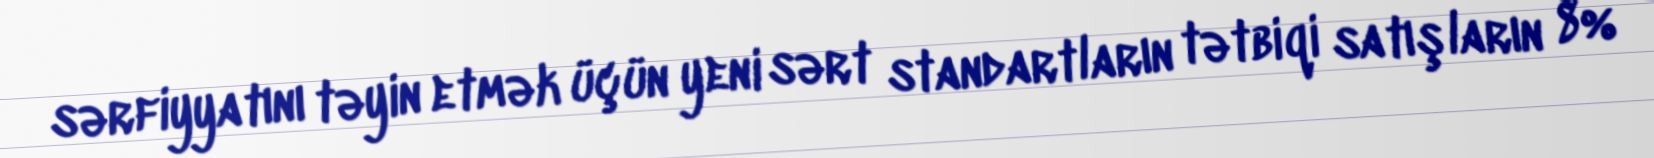
sərfiyyatını təyin etmək üçün yeni sərt standartların tətbiqi satışların 8%